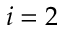
i = 2